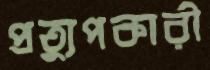
প্রত্যুপকারী